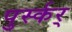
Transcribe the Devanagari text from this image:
पुर्स्कर्